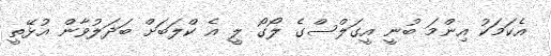
އެކަމަކު އިންމަ ބުނީ އީގަލްސްގެ ލޯގޯ ލީ އެ ކްލަބަށް ބަދަލުވާން އުޅޭތީ